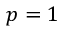
p = 1